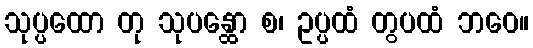
သုပ္ပထော တု သုပန္ထော စ၊ ဥပ္ပထံ တွပထံ ဘဝေ။